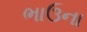
ભાઉના